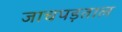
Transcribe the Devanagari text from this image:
जाचपड़ताल